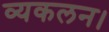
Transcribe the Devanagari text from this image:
व्यकलन।